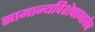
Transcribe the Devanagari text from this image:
सामान्यविशेषाभावेच